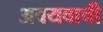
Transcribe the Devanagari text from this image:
अवयवाची